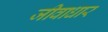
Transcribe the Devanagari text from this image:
जीवाधार